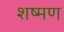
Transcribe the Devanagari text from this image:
शष्मण